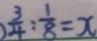
\frac { 3 } { 4 } : \frac { 1 } { 8 } = x